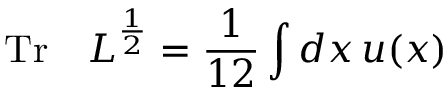
\mathrm { T r } \quad L ^ { \frac { 1 } { 2 } } = { \frac { 1 } { 1 2 } } \int d x \, u ( x )